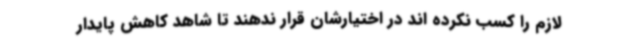
لازم را کسب نکرده اند در اختیارشان قرار ندهند تا شاهد کاهش پایدار